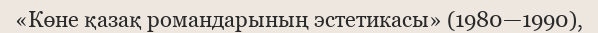
«Көне қазақ романдарының эстетикасы» (1980—1990),